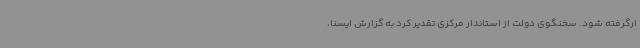
ارگرفته شود. سخنگوی دولت از استاندار مرکزی تقدیر کرد به گزارش ایسنا،